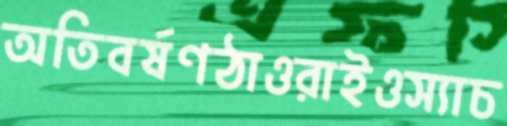
অতিবর্ষণঠাওরাইওস্যাচ